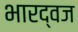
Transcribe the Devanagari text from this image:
भारद्वज